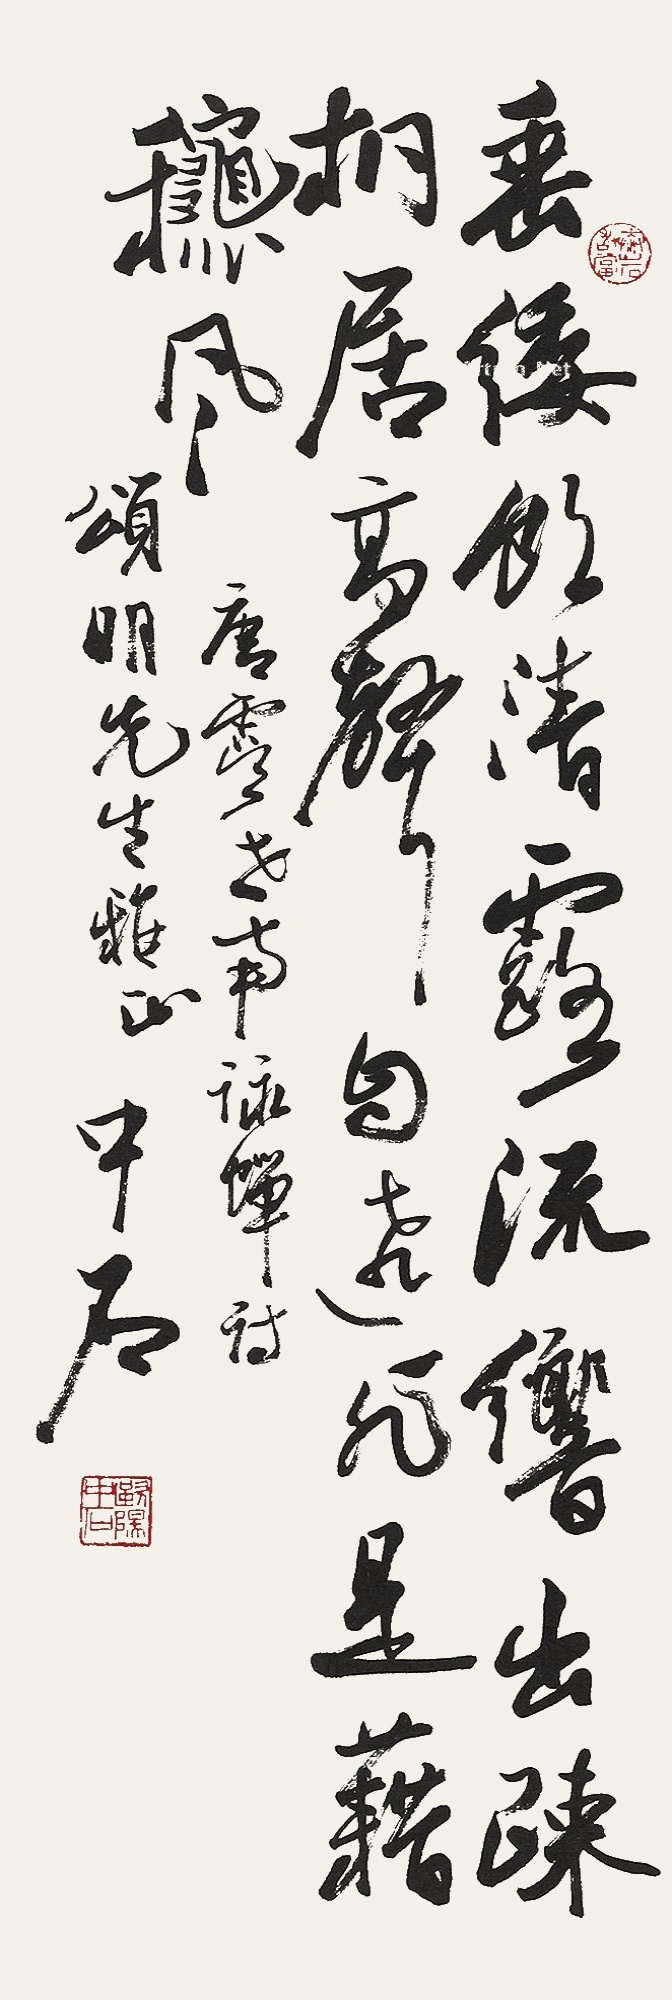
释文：垂緌饮清露，流响出疏桐。居高声自远，非是藉秋风。唐虞世南咏蝉诗，颂明先生雅正，中石。